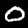
Label: 0